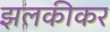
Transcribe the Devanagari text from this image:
झलकीकर